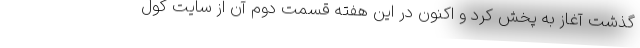
گذشت آغاز به پخش کرد و اکنون در این هفته قسمت دوم آن از سایت کول